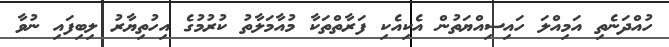
ހުއްދަނެތި އަމިއްލަ ހައިސިއްޔަތުން އެކިއެކި ފަރާތްތަކާ މުއާމަލާތު ކުރުމުގެ އިހުތިޔާރު ލިބިފައި ނުވާ